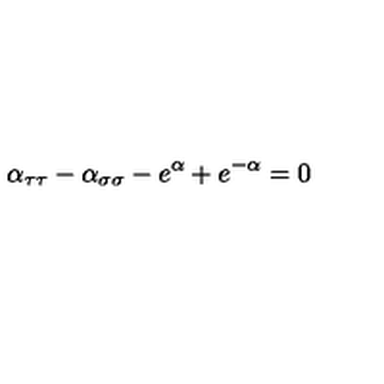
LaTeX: \alpha _ { \tau \tau } - \alpha _ { \sigma \sigma } - e ^ { \alpha } + e ^ { - \alpha } = 0